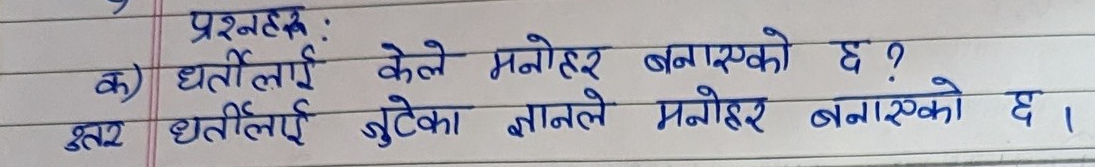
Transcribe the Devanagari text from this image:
प्रश्नहरू :
क) धर्तीलाई केले मनोहर बनाएको छ ?
उत्तर धर्तालाई जुटेका ज्ञानले मनोहर बनाएको छ ।